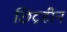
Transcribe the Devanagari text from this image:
छिद्रहीन